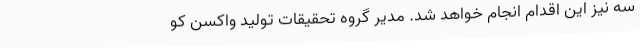
سه نیز این اقدام انجام خواهد شد. مدیر گروه تحقیقات تولید واکسن کو